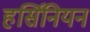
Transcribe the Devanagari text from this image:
हर्सिनियन